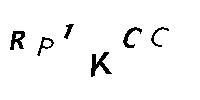
RP1KCC